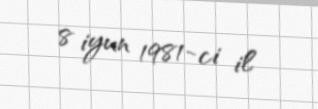
8 iyun 1981-ci il